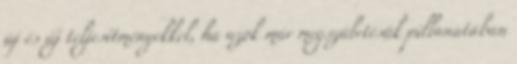
új és új teljesítményekkel, ha azok már megszületésük pillanatában